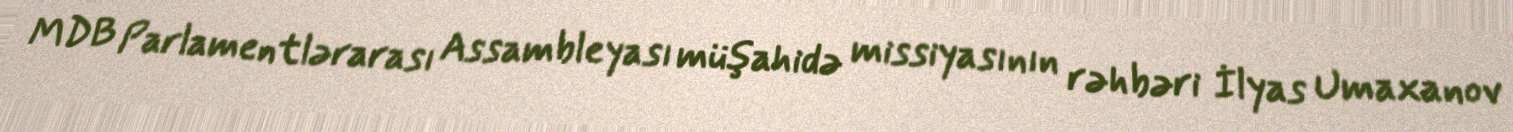
MDB Parlamentlərarası Assambleyası müşahidə missiyasının rəhbəri İlyas Umaxanov